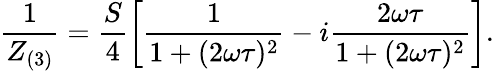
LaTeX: \frac{1}{Z_{(3)}}=\frac{S}{4}\left[\frac{1}{1+(2\omega\tau)^{2}}-i\frac{2\omega\tau}{1+(2\omega\tau)^{2}}\right].